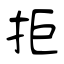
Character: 拒